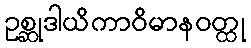
ဥစ္ဆုဒါယိကာဝိမာနဝတ္ထု